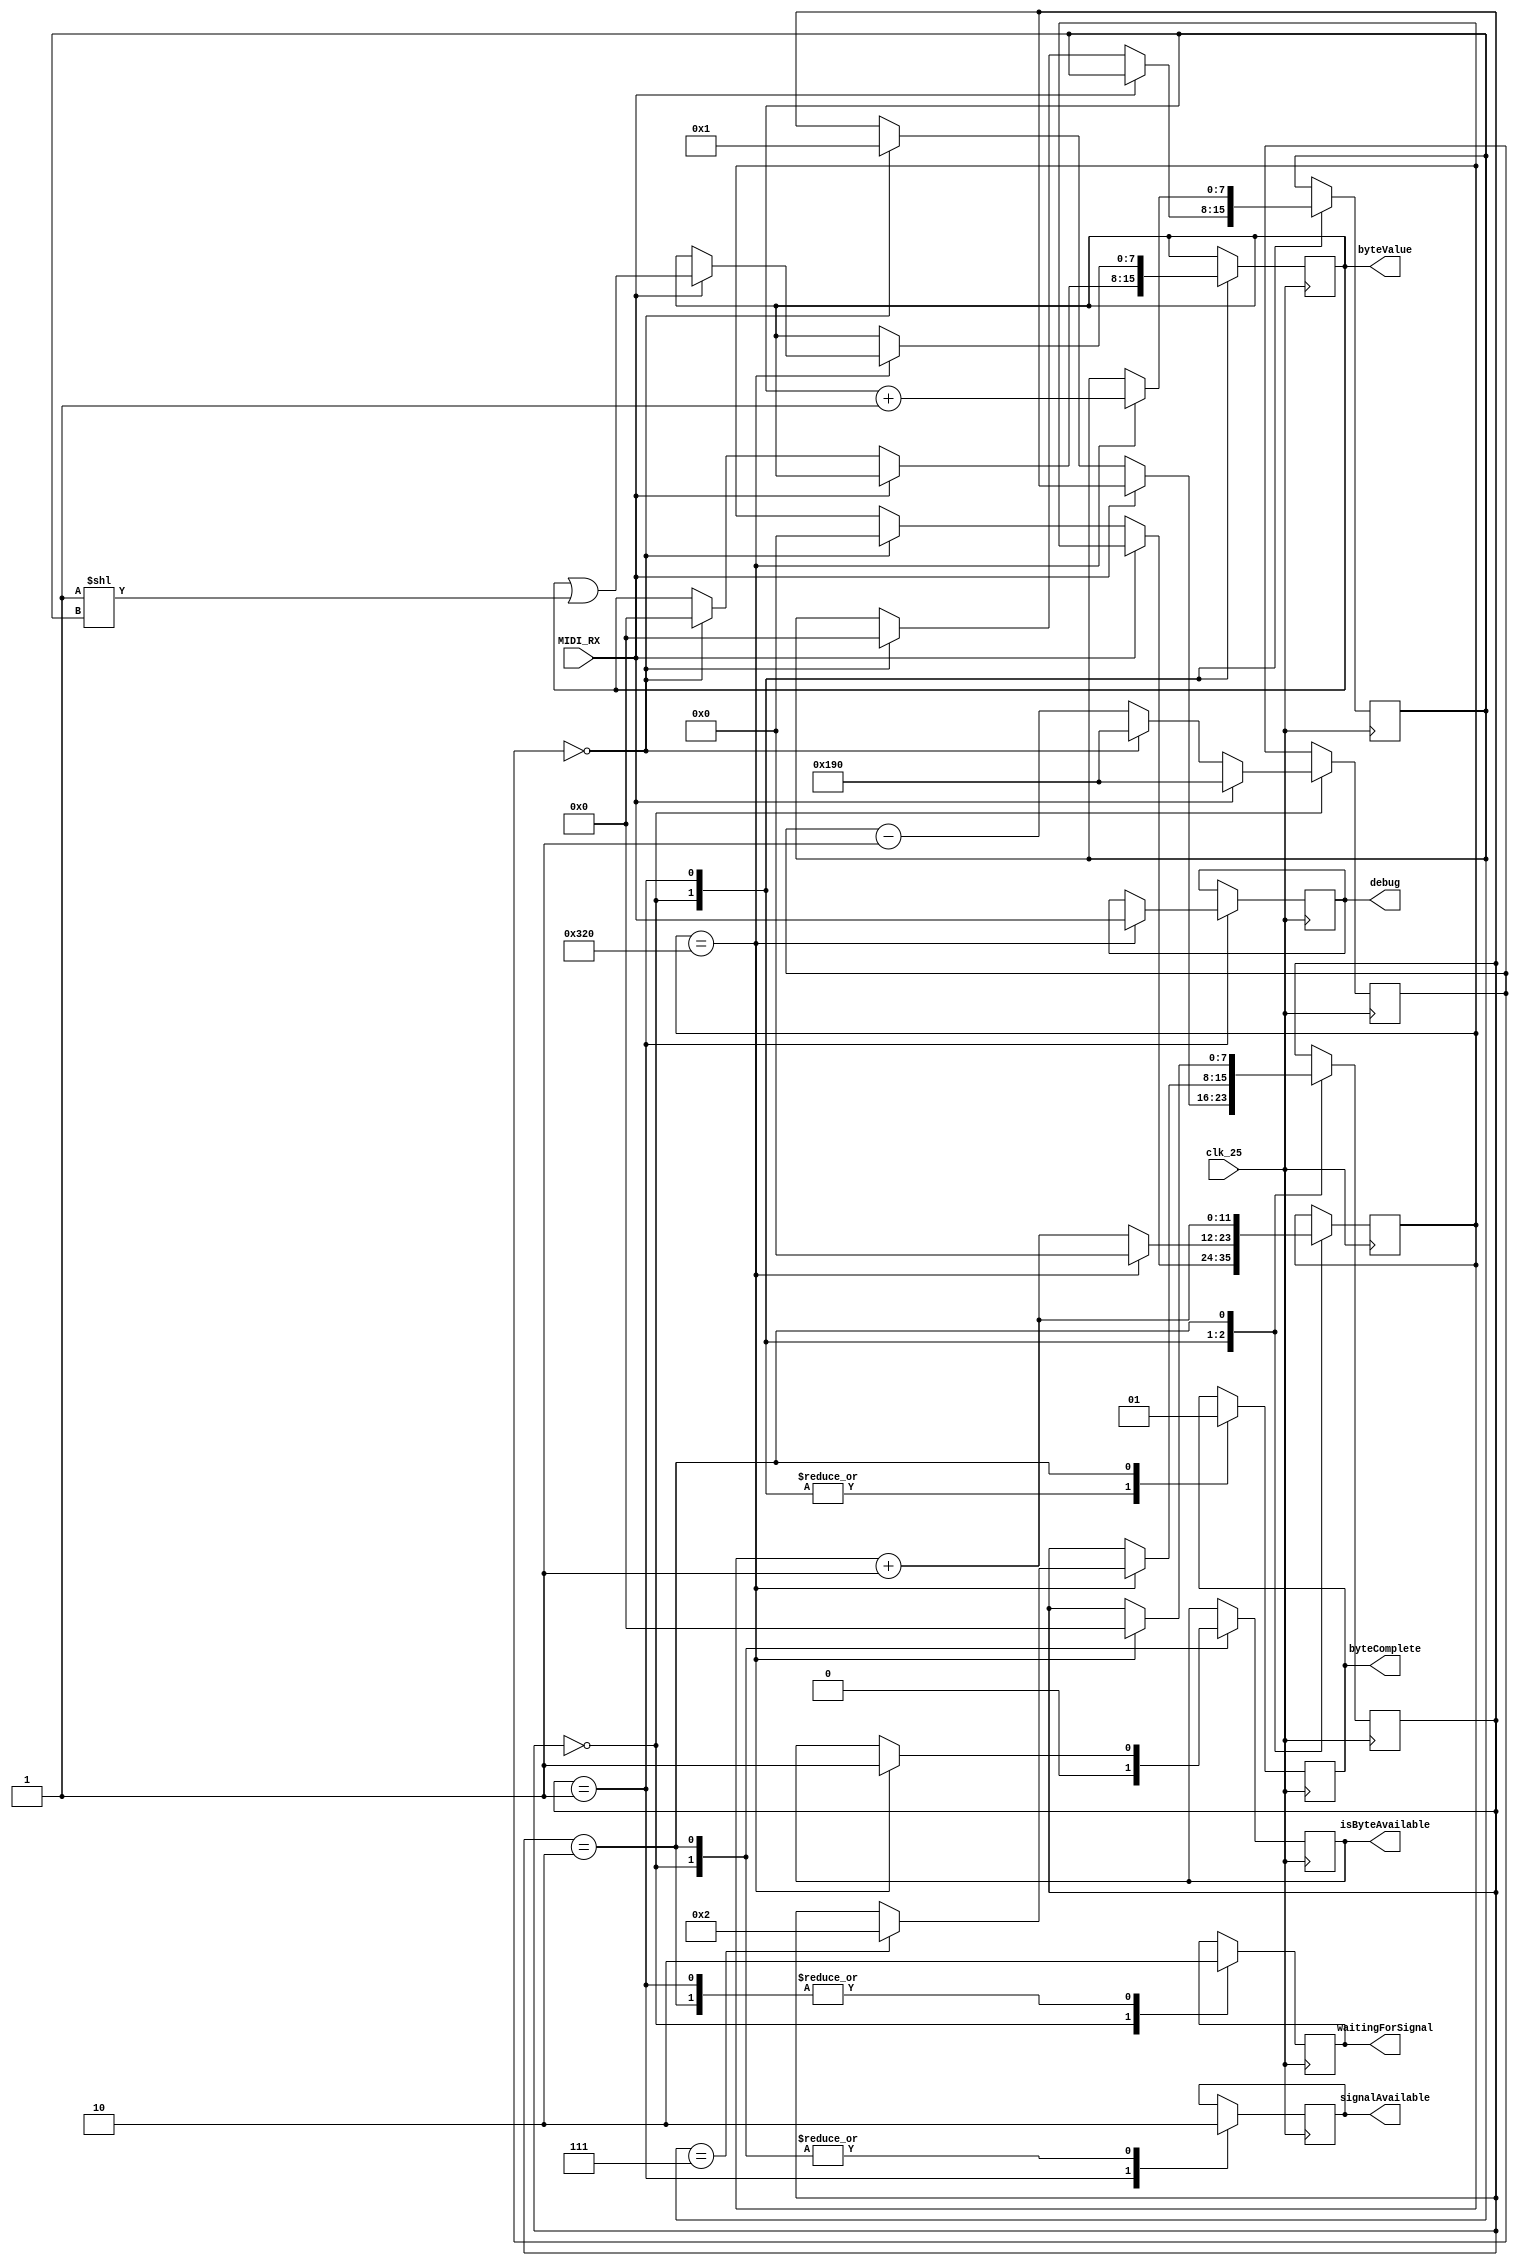
module MidiByteReader(
	input 		 clk_25,
	input 		 MIDI_RX,
	output reg 	 isByteAvailable = 0,
	output reg [7:0] byteValue = 0,
	output reg       debug = 0,		      
	output reg 	 waitingForSignal = 0,
	output reg 	 signalAvailable = 0,
	output reg 	 byteComplete = 0, 
);

localparam
  midiTicks                 = 12'd800,  // 25,000,000 / 31,250
  debounceTicks             = 12'd400,
  stateWaitingForSignal     = 8'd0,
  stateSignalAvailable      = 8'd1,
  stateByteComplete         = 8'd2;

  reg [7:0] midiState = stateWaitingForSignal;
  reg [7:0] bitNumber = 0;
  reg [11:0] midiCount = 0;
  reg [12:0] debounceCountDown = debounceTicks;

always @(posedge clk_25)
  begin
  case (midiState)
    stateWaitingForSignal:
      begin
        waitingForSignal<=1;
	signalAvailable<=0;
	byteComplete<=0;
        isByteAvailable <= 1'b0;
        if (MIDI_RX == 1'b0)
          begin
	    debounceCountDown <= debounceCountDown - 1'b1;
	    if (debounceCountDown == 12'b0)
	      begin
	        debounceCountDown <= debounceTicks;
		midiState <= stateSignalAvailable;
	        midiCount <= 1'b0;
		bitNumber <= 1'b0;
		byteValue <= 1'b0;
	      end
          end
	else
          debounceCountDown <= debounceTicks;
      end
    stateSignalAvailable:
      begin
        waitingForSignal<=0;
	signalAvailable<=1;
	byteComplete<=0;
	midiCount <= midiCount + 1'b1;
	      
        if (midiCount == midiTicks)
	  begin

	    midiCount <= 1'b0;
	    bitNumber <= bitNumber + 1'b1;
             debug <= MIDI_RX;
	
            if (MIDI_RX == 1'b1)
	      begin
	      byteValue <= byteValue | (1'b1 << bitNumber);
	    end
            
            if (bitNumber == 8'd7)
	      midiState <= stateByteComplete;					
	    end
        end
    stateByteComplete:
      begin
        waitingForSignal<=0;
	signalAvailable<=0;
	byteComplete<=1;
	midiCount <= midiCount + 1'b1;
			
        if (midiCount == midiTicks)
	  begin
	    isByteAvailable <= 1'b1;				
	    midiState <= stateWaitingForSignal;
	  end			
      end
  endcase
end

endmodule